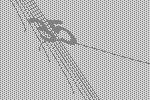
35